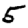
Digit: 5